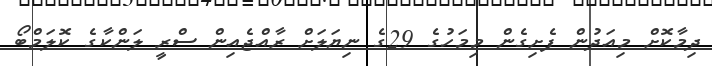
ދިމާކޮށް މިއަދުން ފެށިގެން މިމަހުގެ 29ގެ ނިޔަލަށް ރާއްޖެއިން ސްރީ ލަންކާގެ ކޮލަމްބޯ